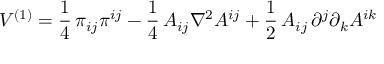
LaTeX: V ^ { ( 1 ) } = \frac { 1 } { 4 } \, \pi _ { i j } \pi ^ { i j } - \frac { 1 } { 4 } \, A _ { i j } \nabla ^ { 2 } A ^ { i j } + \frac { 1 } { 2 } \, A _ { i j } \, \partial ^ { j } \partial _ { k } A ^ { i k }